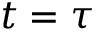
t = \tau